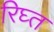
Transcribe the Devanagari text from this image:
रिघ्त